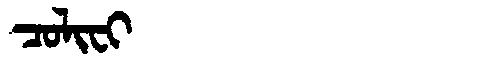
Manchu: ᠴᠣᠯᡳᠸᡳ
Romanization: COLIFI